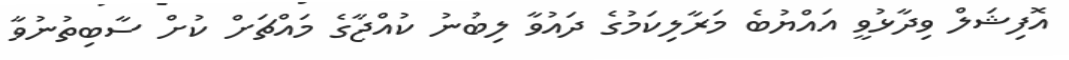
އޮފިޝަލް ވިދާޅުވީ އައްޔުބެ މަރާލިކަމުގެ ދައުވާ ލިބުނު ކުއްޖާގެ މައްޗަށް ކުށް ސާބިތުނުވާ